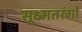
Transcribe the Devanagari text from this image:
सूक्ष्मतरंगों